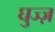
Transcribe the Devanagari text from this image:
घुज्ज़